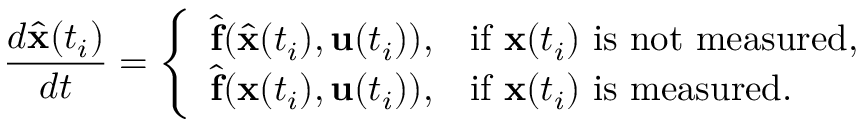
\frac { d \hat { \mathbf { x } } ( t _ { i } ) } { d t } = \left\{ \begin{array} { l l } { \hat { \mathbf { f } } ( \hat { \mathbf { x } } ( t _ { i } ) , \mathbf { u } ( t _ { i } ) ) , } & { \mathrm { i f ~ } \mathbf { x } ( t _ { i } ) \mathrm { ~ i s ~ n o t ~ m e a s u r e d , } } \\ { \hat { \mathbf { f } } ( \mathbf { x } ( t _ { i } ) , \mathbf { u } ( t _ { i } ) ) , } & { \mathrm { i f ~ } \mathbf { x } ( t _ { i } ) \mathrm { ~ i s ~ m e a s u r e d . } } \end{array} \right.